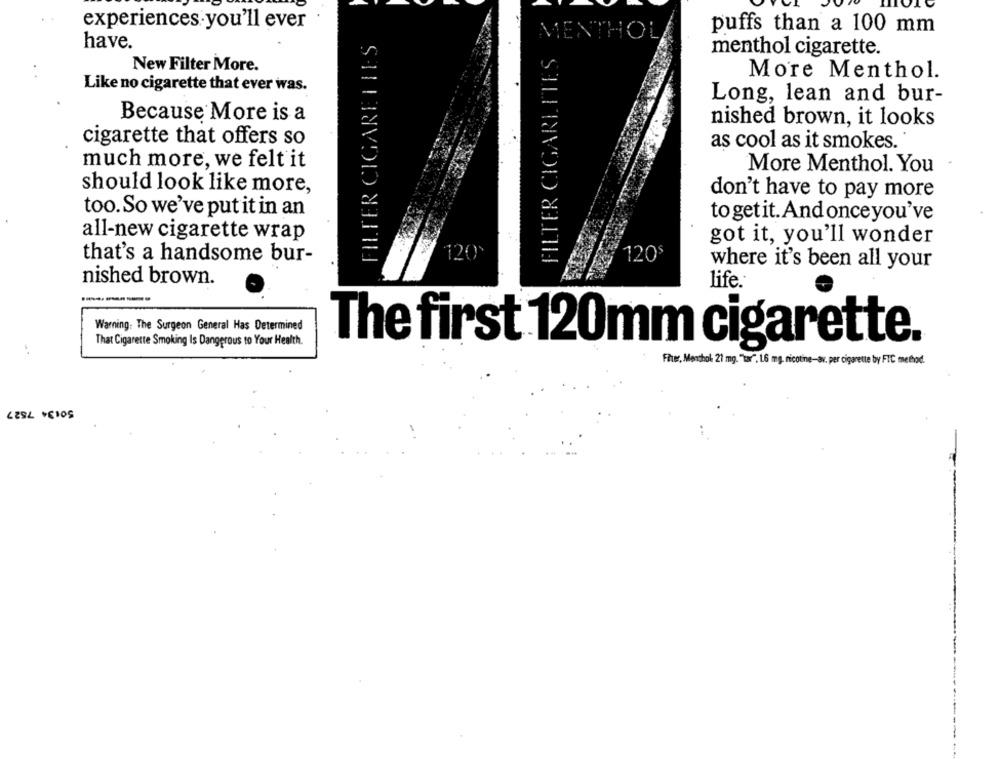
experiences you'll ever
puffs than a 100 mm
R CIGARETILS
have.
FILTER CIGARETTES
menthol cigarette.
New Filter More.
More Menthol.
Like no cigarette that ever was.
Long, lean and bur-
Because More is a
nished brown, it looks
cigarette that offers so
as cool as it smokes.
much more, we felt it
More Menthol. You
should look like more,
don't have to pay more
too. So we've put it in an
to getit. And once you've
all-new cigarette wrap
got it, you'll wonder
that's a handsome bur-
120
120$
where it's been all your
nished brown.
life.
Warning: The Surgeon General Has Determined
That Cigarette Smoking Is Dangerous to Your Health
The first 120mm cigarette.
Filter, Menchok 21 mg."tar". 1.6 mg, nicotine-av. per cigarette by FTC method.
50134 7527